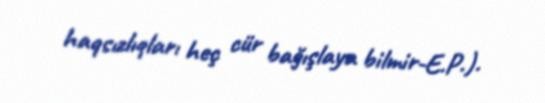
haqsızlıqları heç cür bağışlaya bilmir-E.P.).